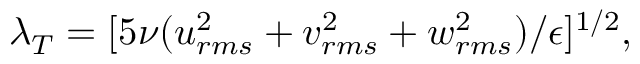
\lambda _ { T } = [ 5 \nu ( u _ { r m s } ^ { 2 } + v _ { r m s } ^ { 2 } + w _ { r m s } ^ { 2 } ) / \epsilon ] ^ { 1 / 2 } ,